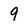
Character: 9